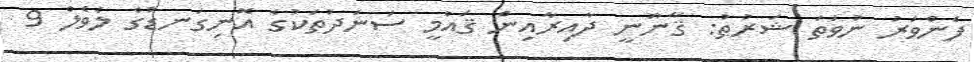
ފެންވަރު ނުވަތަ ޝަރުޠު: ޤާނޫނީ ދާއިރާއިން ޤައުމީ ސަނަދުތަކުގެ އޮނިގަނޑުގެ ލެވެލް 9